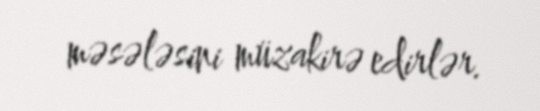
məsələsini müzakirə edirlər.